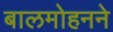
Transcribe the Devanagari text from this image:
बालमोहनने